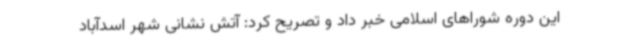
این دوره شوراهای اسلامی خبر داد و تصریح کرد: آتش نشانی شهر اسدآباد